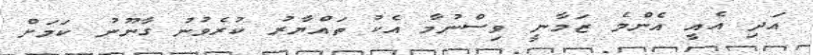
އަދި އެއީ އެންމެ ޒަމާނީ ވިސްނުމާ އެކު ތައްޔާރު ކުރެވުނު ގާނޫނު ކަމަށް